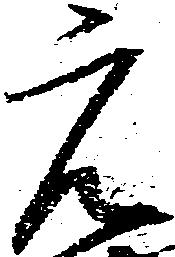
元